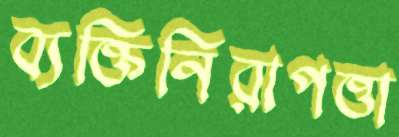
ব্যক্তিনিরাপত্তা